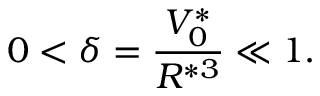
0 < \delta = \frac { V _ { 0 } ^ { * } } { R ^ { * 3 } } \ll 1 .